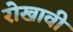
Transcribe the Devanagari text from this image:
रोखावी